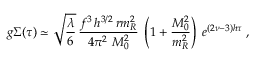
g \Sigma ( \tau ) \simeq \sqrt { \frac { \lambda } { 6 } } \, { \frac { f ^ { 3 } \, h ^ { 3 / 2 } \, r m _ { R } ^ { 2 } } { 4 \pi ^ { 2 } \, \, M _ { 0 } ^ { 2 } } } \; \left( 1 + { \frac { M _ { 0 } ^ { 2 } } { m _ { R } ^ { 2 } } } \right) \; e ^ { ( 2 \nu - 3 ) h \tau } \; ,